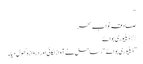
“
صادقہ نواب سحر
٭ ڈیلیوری بوائے
” ڈیلیوری بوائے “، ساحل نے آواز لگائی اور دروازہ کھول دیا۔